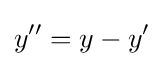
y''=y-y'